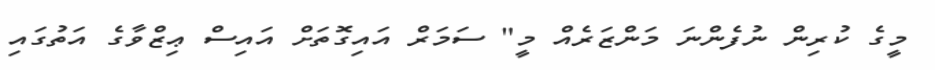
މީގެ ކުރިން ނުފެންނަ މަންޒަރެއް މީ" ސަމަރް އައިގޮތަށް އައިސް ޢިޒްވާގެ އަތުގައި